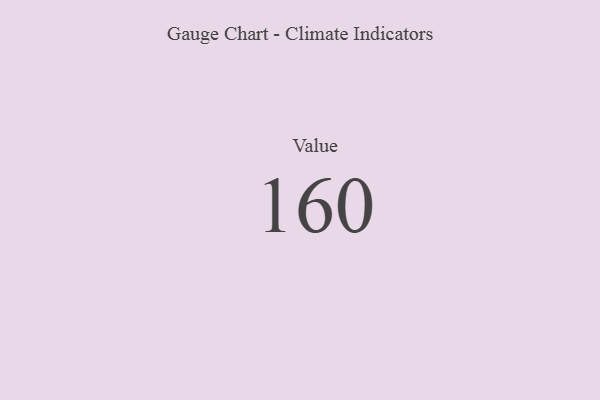
{"axis": {"x": "Metric", "y": "Value"}, "legend": [""], "data": [{"x": "Value", "y": 160, "type": ""}]}